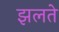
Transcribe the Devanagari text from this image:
झलते